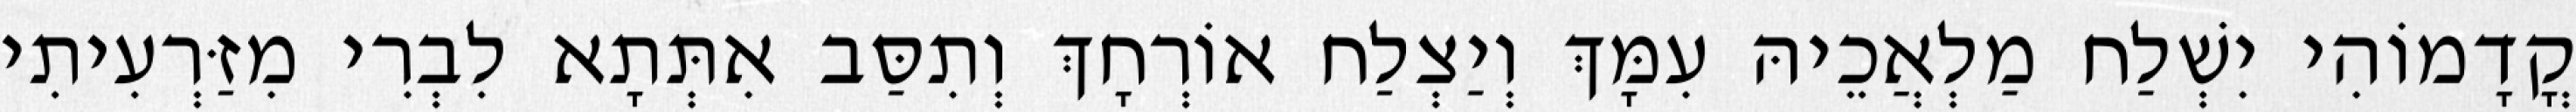
קֳדָמוֹהִי יִשְׁלַח מַלְאֲכֵיהּ עִמָּךְ וְיַצְלַח אוֹרְחָךְ וְתִסַּב אִתְּתָא לִבְרִי מִזַּרְעִיתִי